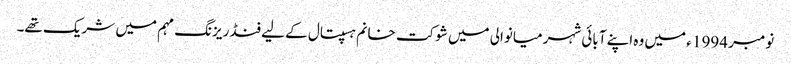
نومبر 1994 ء میں وہ اپنے آبائی شہر میانوالی میں شوکت خانم ہسپتال کے لیے فنڈ ریزنگ مہم میں شریک تھے۔